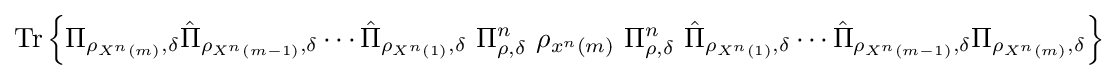
{\text{Tr}}\left\{\Pi _{\rho _{X^{n}\left(m\right)},\delta }{\hat {\Pi }}_{\rho _{X^{n}\left(m-1\right)},\delta }\cdots {\hat {\Pi }}_{\rho _{X^{n}\left(1\right)},\delta }\ \Pi _{\rho ,\delta }^{n}\ \rho _{x^{n}\left(m\right)}\ \Pi _{\rho ,\delta }^{n}\ {\hat {\Pi }}_{\rho _{X^{n}\left(1\right)},\delta }\cdots {\hat {\Pi }}_{\rho _{X^{n}\left(m-1\right)},\delta }\Pi _{\rho _{X^{n}\left(m\right)},\delta }\right\}